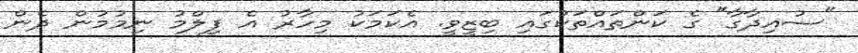
"ސުއިދާގާ" ގެ ކަންތައްތަކުގައި ބިޒީވީ. އެކަމަކު މިހާރު އެ ފިލްމު ނިމުމުން ދެން